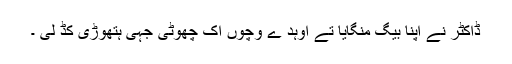
ڈاکٹر نے اپنا بیگ منگایا تے اوہد ے وچوں اک چھوٹی جہی ہتھوڑی کڈ لی ۔